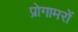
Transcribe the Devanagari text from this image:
प्रोगामरों